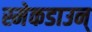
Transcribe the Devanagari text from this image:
स्मेकडाउन्